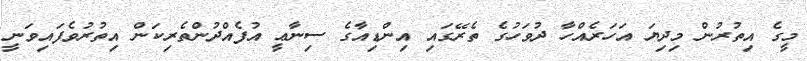
މީގެ އިތުރުން މިދިޔަ އަހަރެއްހާ ދުވަހުގެ ތެރޭގައި އިންޑިއާގެ ސިނާޢީ އުފެއްދުންތެރިކަން އިތުރުވެފައިވަނީ